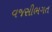
વજસીભગત